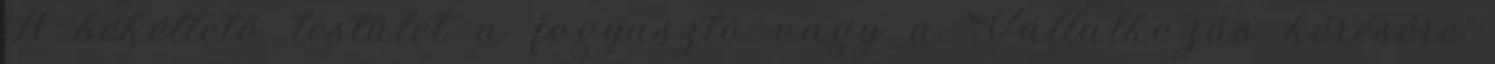
A békéltető testület a fogyasztó vagy a Vállalkozás kérésére